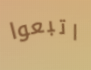
اتبعوا